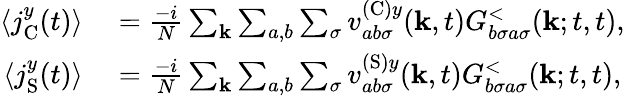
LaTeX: \begin{array}{rl}{\langle j_{\textrm{C}}^{y}(t)\rangle}&{{}=\frac{-i}{N}\sum_{\mathbf{k}}\sum_{a,b}\sum_{\sigma}v_{ab\sigma}^{(\textrm{C})y}(\mathbf{k},t)G_{b\sigma a\sigma}^{<}(\mathbf{k};t,t),}\\ {\langle j_{\textrm{S}}^{y}(t)\rangle}&{{}=\frac{-i}{N}\sum_{\mathbf{k}}\sum_{a,b}\sum_{\sigma}v_{ab\sigma}^{(\textrm{S})y}(\mathbf{k},t)G_{b\sigma a\sigma}^{<}(\mathbf{k};t,t),}\end{array}